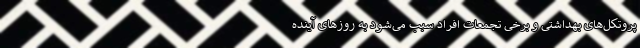
پروتکل‌های بهداشتی و برخی تجمعات افراد سبب می‌شود به روزهای آینده